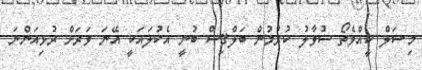
މިޝަލް ކީއްވެތޯ ސުވާލު ކުރުމުން ބަލްޤިސް ބުނީ އެކުލައަކީ އޭނަ ވަރަށް ރުޅިއަންނަ